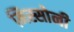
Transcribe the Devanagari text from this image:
मिस्सोनी